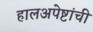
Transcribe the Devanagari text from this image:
हालअपेष्टांची